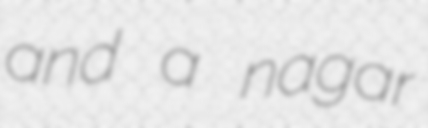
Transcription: and a nagar